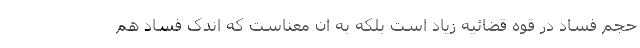
حجم فساد در قوه قضائیه زیاد است بلکه به ان معناست که اندک فساد هم